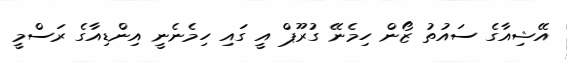
އޭޝިއާގެ ސައުތު ޒޯން ހިމެނޭ ގުރޫޕް އީ ގައި ހިމެނެނީ އިންޑިއާގެ ރަސްމީ